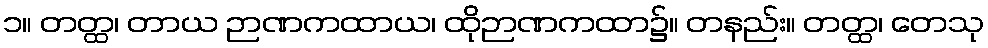
၁။ တတ္ထ၊ တာယ ဉာဏကထာယ၊ ထိုဉာဏကထာ၌။ တနည်း။ တတ္ထ၊ တေသု